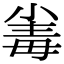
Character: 𣫶